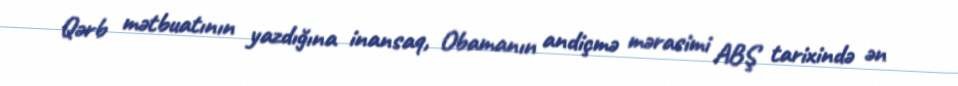
Qərb mətbuatının yazdığına inansaq, Obamanın andiçmə mərasimi ABŞ tarixində ən